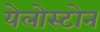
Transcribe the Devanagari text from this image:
येलोस्टोन